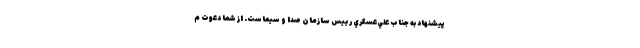
پيشنهاد به جناب علي‌عسگري رييس سازمان صدا و سيماست. از شما دعوت م